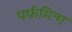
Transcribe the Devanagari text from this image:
पर्फमिन्ग